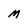
Character: M